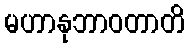
မဟာနုဘာဝတာတိ